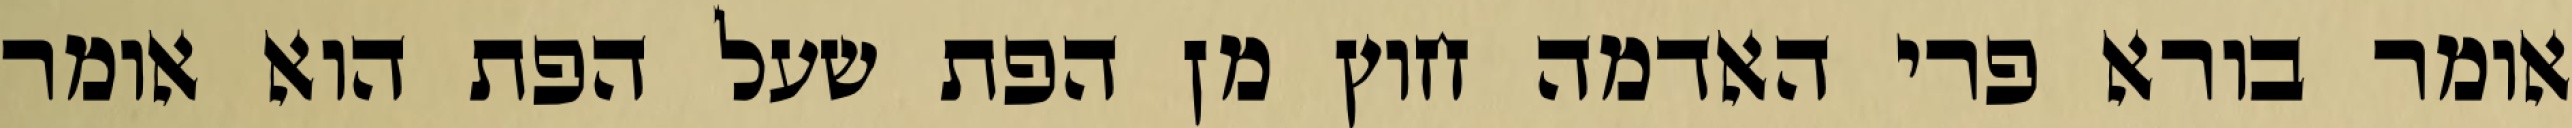
אומר בורא פרי האדמה חוץ מן הפת שעל הפת הוא אומר